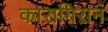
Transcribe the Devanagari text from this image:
कारागिरानं